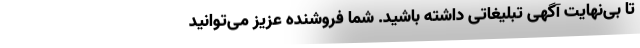
تا بی‌نهایت آگهی تبلیغاتی داشته باشید. شما فروشنده عزیز می‌توانید